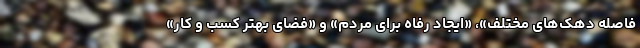
فاصله دهک‌های مختلف»، «ایجاد رفاه برای مردم» و «فضای بهتر کسب و کار»